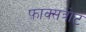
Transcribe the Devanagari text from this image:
फ़ाक्सत्रोट